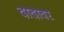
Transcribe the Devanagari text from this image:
दादावर